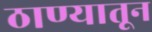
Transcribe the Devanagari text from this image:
ठाण्यातून